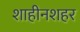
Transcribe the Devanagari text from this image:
शाहीनशहर